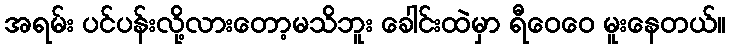
အရမ်း ပင်ပန်းလို့လားတော့မသိဘူး ခေါင်းထဲမှာ ရီဝေဝေ မူးနေတယ်။